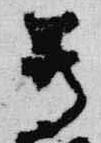
尊